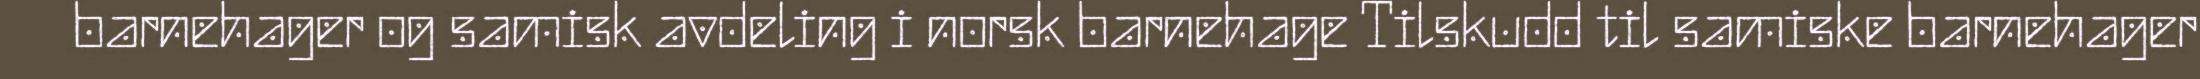
barnehager og samisk avdeling i norsk barnehage Tilskudd til samiske barnehager